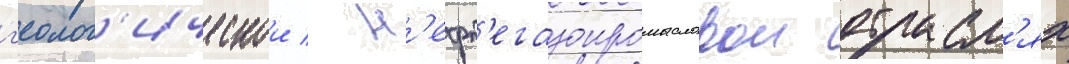
г'еолог'ическои / н'ефт'егазопромысловои отрасл'ях